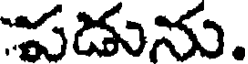
పడును.